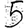
Digit: 5